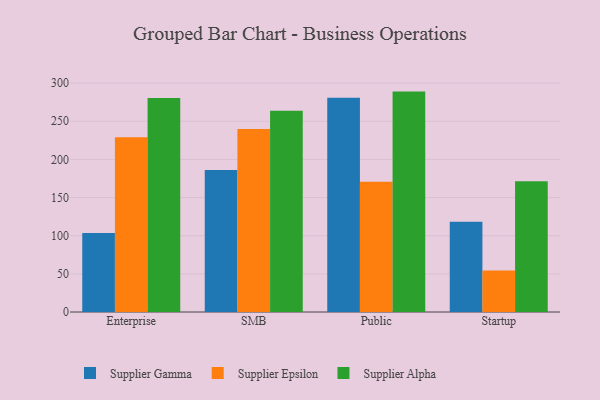
{"axis": {"x": "Segment", "y": "Demand Index"}, "legend": ["Supplier Alpha", "Supplier Epsilon", "Supplier Gamma"], "data": [{"x": "Enterprise", "y": 103.6, "type": "Supplier Gamma"}, {"x": "Enterprise", "y": 229.2, "type": "Supplier Epsilon"}, {"x": "Enterprise", "y": 280.5, "type": "Supplier Alpha"}, {"x": "SMB", "y": 186.2, "type": "Supplier Gamma"}, {"x": "SMB", "y": 240.0, "type": "Supplier Epsilon"}, {"x": "SMB", "y": 263.9, "type": "Supplier Alpha"}, {"x": "Public", "y": 280.8, "type": "Supplier Gamma"}, {"x": "Public", "y": 170.7, "type": "Supplier Epsilon"}, {"x": "Public", "y": 288.9, "type": "Supplier Alpha"}, {"x": "Startup", "y": 118.3, "type": "Supplier Gamma"}, {"x": "Startup", "y": 54.5, "type": "Supplier Epsilon"}, {"x": "Startup", "y": 171.5, "type": "Supplier Alpha"}]}